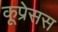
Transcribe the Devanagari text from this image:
कूप्रेसस